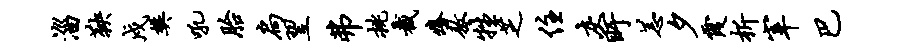
淄鞅戍樊吼胎扃翌弗挑截痒敖牲芝住灰盱恙夕霞析宰巴